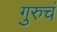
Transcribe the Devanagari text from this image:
गुरुचं